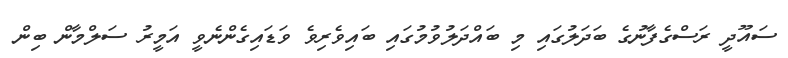
ސައޫދީ ރަސްގެފާނުގެ ބަދަލުގައި މި ބައްދަލުވުމުގައި ބައިވެރިވެ ވަޑައިގެންނެވީ އަމީރު ސަލްމާން ބިން